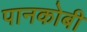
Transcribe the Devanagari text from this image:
पानकोबी